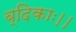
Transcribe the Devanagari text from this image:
ब्दिकाः।।